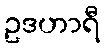
ဥဒဟာရီ